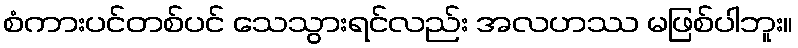
စံကားပင်တစ်ပင် သေသွားရင်လည်း အလဟဿ မဖြစ်ပါဘူး။